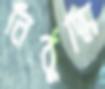
নির্বুদ্ধি